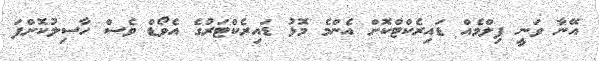
އޭނާ ވަނީ ފިލްމެއް ޑައިރެކްޓްކޮށް އެންމެ މޮޅު ޑައިރެކްޓަރުގެ އެވޯޑް ވެސް ހާސިލުކޮށްފަ